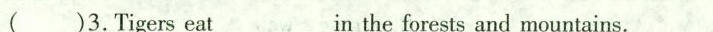
()3.Tigerseat\underlinein the forests and mountains.